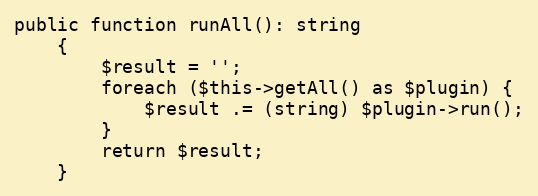
Language: PHP
public function runAll(): string
    {
        $result = '';
        foreach ($this->getAll() as $plugin) {
            $result .= (string) $plugin->run();
        }
        return $result;
    }